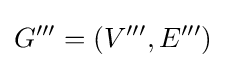
G'''=(V''',E''')